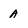
Character: A